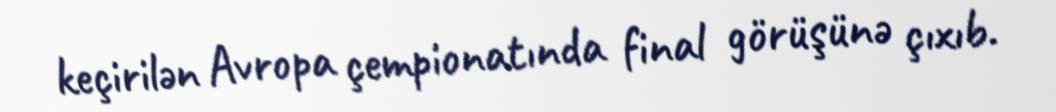
keçirilən Avropa çempionatında final görüşünə çıxıb.